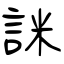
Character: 詸